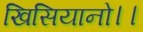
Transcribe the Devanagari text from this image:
खिसियानो।।